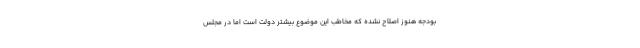
بودجه هنوز اصلاح نشده که مخاطب این موضوع بیشتر دولت است اما در مجلس